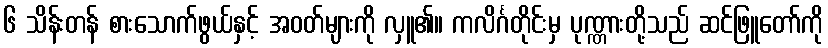
၆ သိန်းတန် စားသောက်ဖွယ်နှင့် အဝတ်များကို လှူ၏။ ကလိင်္ဂတိုင်းမှ ပုဏ္ဏားတို့သည် ဆင်ဖြူတော်ကို